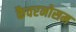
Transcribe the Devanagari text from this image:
कैवरनोसम